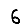
Digit: 6